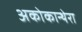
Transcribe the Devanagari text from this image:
अकोकान्थेरा